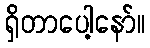
ရှိတာပေါ့နော်။